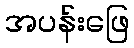
အပန်းဖြေ